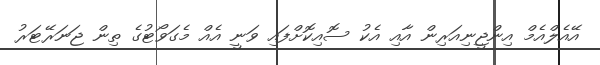
އޭއެލްއެމް އިންޖީނިއަރިން އާއި އެކު ސޮއިކޮށްފައި ވަނީ އެއް މެގަވޯޓުގެ ތިން ޖަނަރޭޓަރު